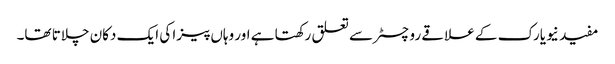
مفید نیویارک کے علاقے روچسٹر سے تعلق رکھتا ہے اور وہاں پیزا کی ایک دکان چلاتا تھا۔